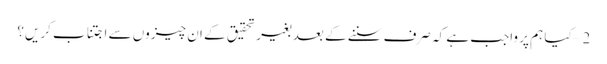
2 – کیا ہم پر واجب ہے کہ صرف سننے کے بعد بغیر تحقیق کے ان چیزوں سے اجتناب کریں؟